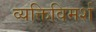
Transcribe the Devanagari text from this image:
व्यक्तिविमर्श